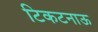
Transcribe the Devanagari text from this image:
टिकटनाऊ